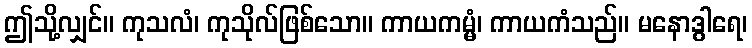
ဤသို့လျှင်။ ကုသလံ၊ ကုသိုလ်ဖြစ်သော။ ကာယကမ္မံ၊ ကာယကံသည်။ မနောဒွါရေ၊